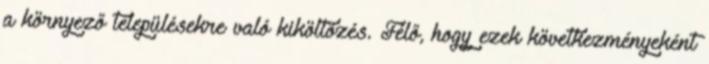
a környező településekre való kiköltözés. Félő, hogy ezek következményeként